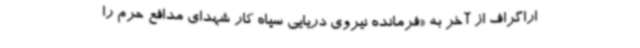
اراگراف از آخر به «فرمانده نیروی دریایی سپاه کار شهدای مدافع حرم را